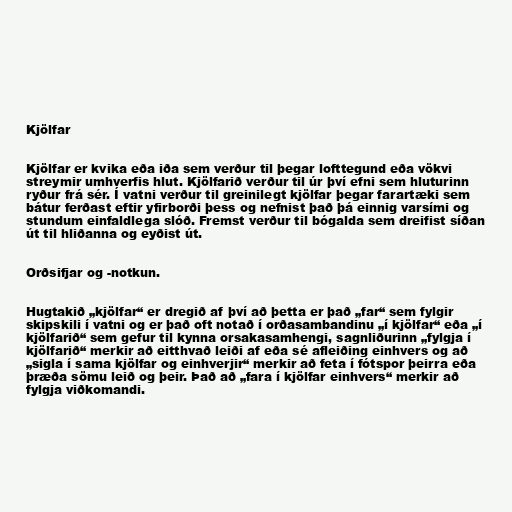
Kjölfar

Kjölfar er kvika eða iða sem verður til þegar lofttegund eða vökvi
streymir umhverfis hlut. Kjölfarið verður til úr því efni sem hluturinn
ryður frá sér. Í vatni verður til greinilegt kjölfar þegar farartæki sem
bátur ferðast eftir yfirborði þess og nefnist það þá einnig varsími og
stundum einfaldlega slóð. Fremst verður til bógalda sem dreifist síðan
út til hliðanna og eyðist út.

Orðsifjar og -notkun.

Hugtakið „kjölfar“ er dregið af því að þetta er það „far“ sem fylgir
skipskili í vatni og er það oft notað í orðasambandinu „í kjölfar“ eða „í
kjölfarið“ sem gefur til kynna orsakasamhengi, sagnliðurinn „fylgja í
kjölfarið“ merkir að eitthvað leiði af eða sé afleiðing einhvers og að
„sigla í sama kjölfar og einhverjir“ merkir að feta í fótspor þeirra eða
þræða sömu leið og þeir. Það að „fara í kjölfar einhvers“ merkir að
fylgja viðkomandi.